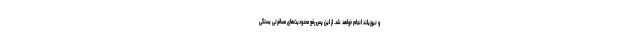
و نیوزیلند انجام خواهد شد. از این پس رفع محدودیت‌های مسافرتی بستگی